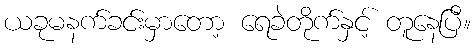
ယခုမနက်ခင်းမှာတော့ ရေခဲတိုက်နှင့် တူနေပြီ။